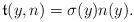
LaTeX: \begin{align*}\mathfrak{t}(y,n)=\sigma(y)n(y). \end{align*}